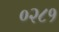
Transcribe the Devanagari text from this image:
०२८१